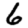
Digit: 6